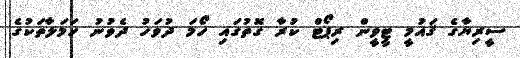
ސީރިޔާގެ ޤައުމީ ޓީވީން ރިޕޯޓް ކުރާ ގޮތުގައި ހޯމަ ދުވަހު ދެވުނު ހަމަލާތަކުގެ